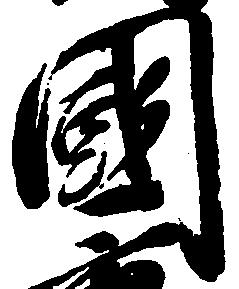
国